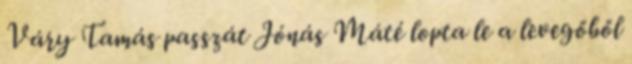
Váry Tamás passzát Jónás Máté lopta le a levegőből